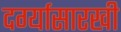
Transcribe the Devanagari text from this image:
दर्ग्यासारखी